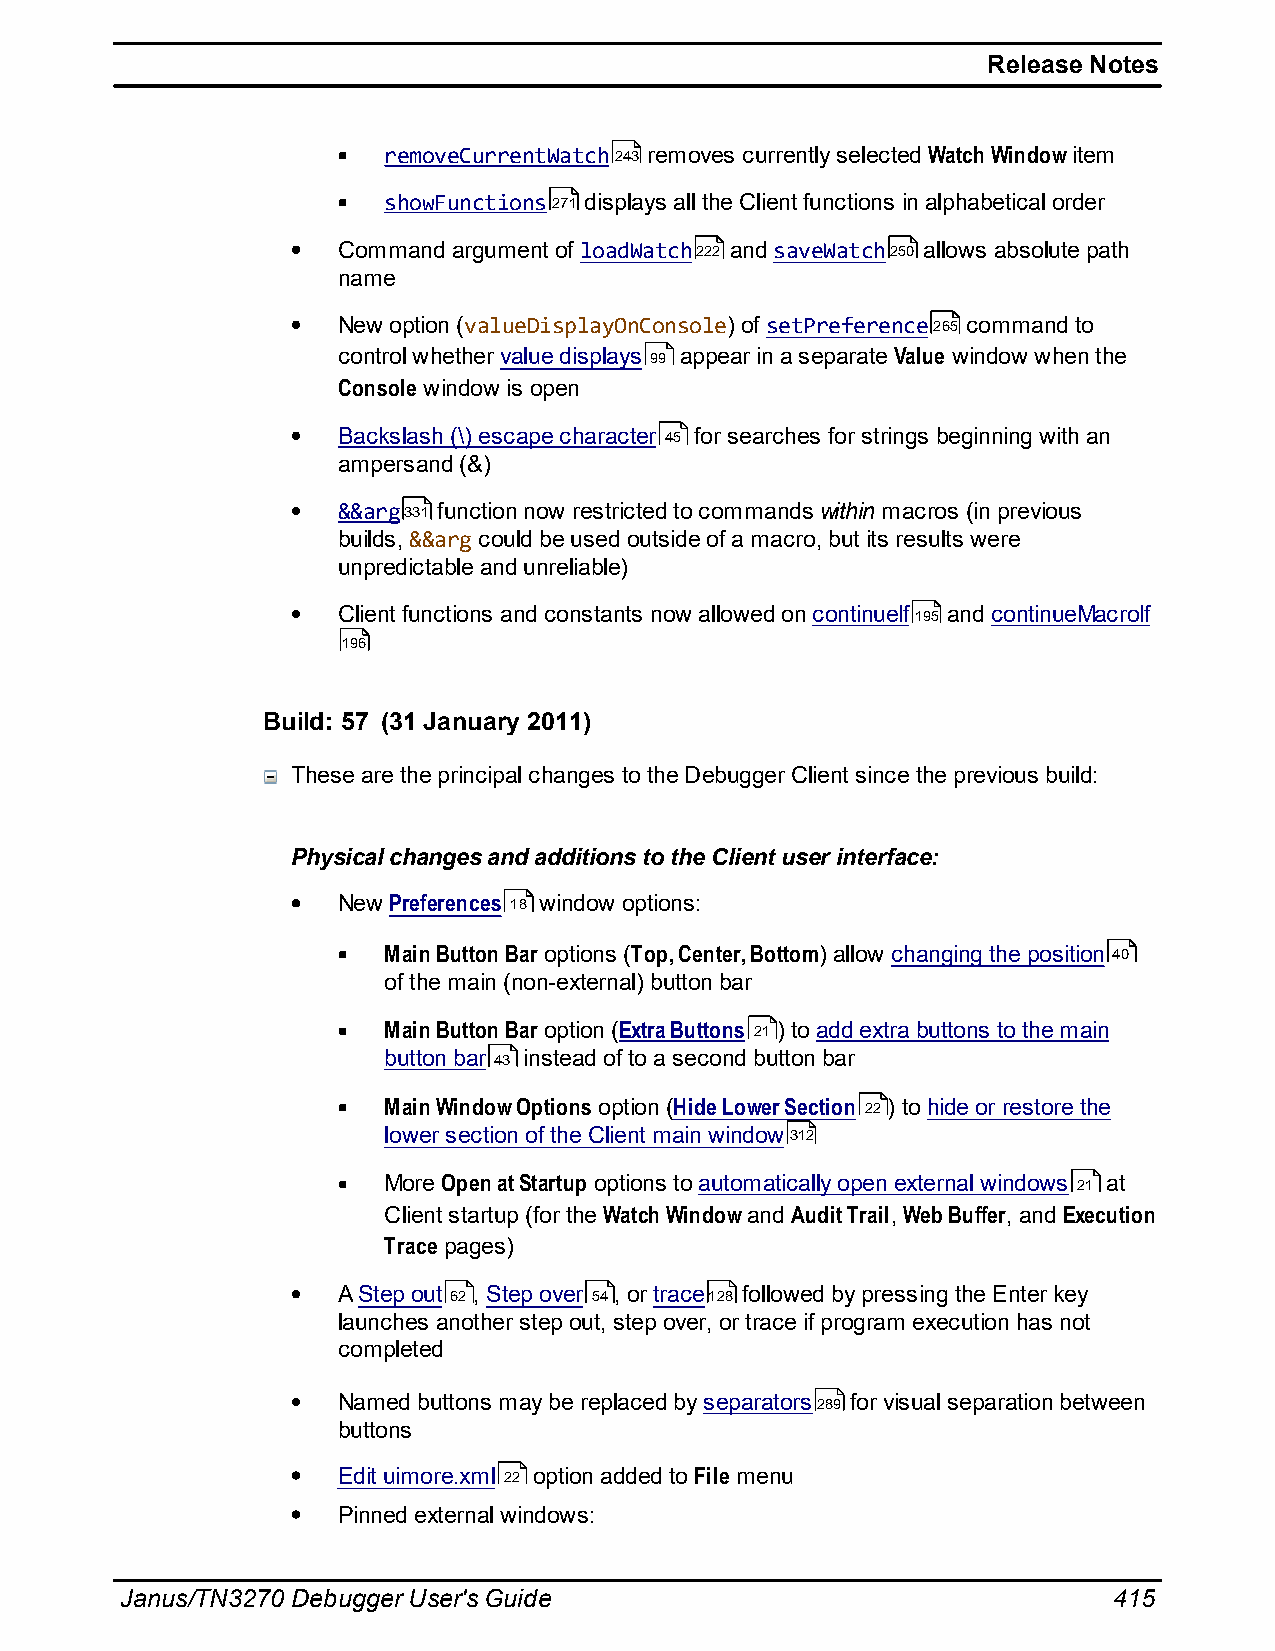
Release Notes
 removeCurrentWatch243 removes currently selected Watch Window item
 showFunctions271 displays all the Client functions in alphabetical order
 Command argument of loadWatch222 and saveWatch250 allows absolute path
 name
 New option (valueDisplayOnConsole) of setPreference265 command to
 control whether value displays 99 appear in a separate Value window when the
 Console window is open
 Backslash (\) escape character 45 for searches for strings beginning with an
 ampersand (&)
 &&arg331 function now restricted to commands within macros (in previous
 builds, &&arg could be used outside of a macro, but its results were
 unpredictable and unreliable)
 Client functions and constants now allowed on continueIf195 and continueMacroIf
 196
 Build: 57 (31 January 2011)
 These are the principal changes to the Debugger Client since the previous build:
 Physical changes and additions to the Client user interface:
 New Preferences 18 window options:
 Main Button Bar options (Top, Center, Bottom) allow changing the position 40
 of the main (non-external) button bar
 Main Button Bar option (Extra Buttons 21) to add extra buttons to the main
 button bar 43 instead of to a second button bar
 Main Window Options option (Hide Lower Section 22 ) to hide or restore the
 lower section of the Client main window312
 More Open at Startup options to automatically open external windows 21 at
 Client startup (for the Watch Window and Audit Trail, Web Buffer, and Execution
 Trace pages)
 A Step out 62 , Step over 54, or trace128 followed by pressing the Enter key
 launches another step out, step over, or trace if program execution has not
 completed
 Named buttons may be replaced by separators289 for visual separation between
 buttons
 Edit uimore.xml 22 option added to File menu
 Pinned external windows:
 Janus/TN3270 Debugger User's Guide                                415